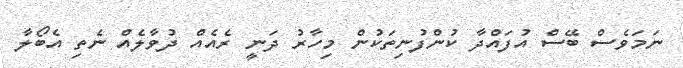
ނަމަވެސް ބޭސް އުފައްދާ ކުންފުނިތަކުން މިހާރު ދަނީ ރެއެއް ދުވާލެއް ނެތި އެބޯލާ